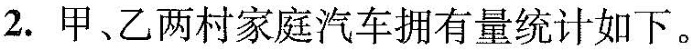
2.甲、乙两村家庭汽车拥有量统计如下。